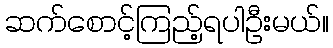
ဆက်စောင့်ကြည့်ရပါဦးမယ်။